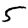
Digit: 5